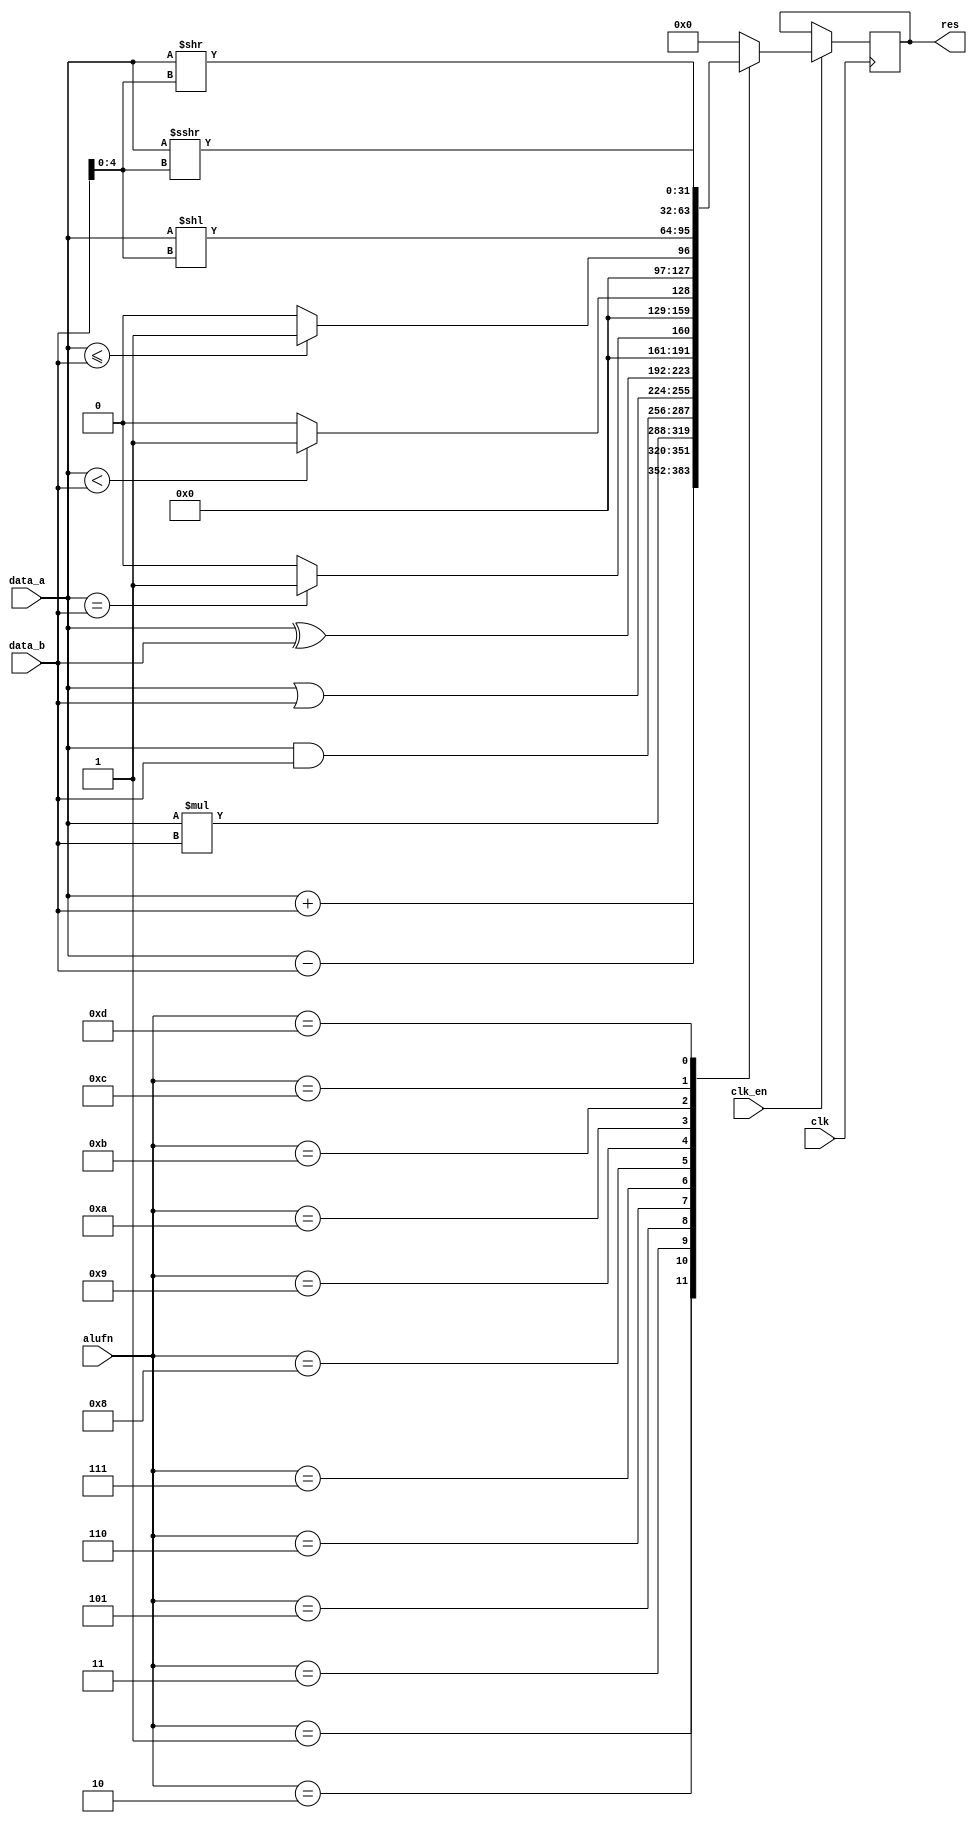
`define ADD   4'b0001
`define SUB   4'b0010
`define MUL   4'b0011
`define DIV   4'b0100
`define AND   4'b0101
`define OR    4'b0110
`define XOR   4'b0111
`define CMPEQ 4'b1000
`define CMPLT 4'b1001
`define CMPLE 4'b1010
`define SHL   4'b1011
`define SHR   4'b1100
`define SRA   4'b1101

`define TRUE  32'd1
`define FALSE 32'd0


module alu(
	input  wire clk,
	input  wire clk_en,
	input  wire signed[31:0] data_a,
	input  wire signed[31:0] data_b,
	input  wire [3:0]  alufn,
	output reg  [31:0] res
);

	always @(posedge(clk)) begin
		if(clk_en) begin
			case(alufn)
				`ADD    : res <= data_a + data_b;
				`SUB    : res <= data_a - data_b;
				`MUL    : res <= data_a * data_b;
				`DIV    : res <= `FALSE;
				`AND    : res <= data_a & data_b;
				`OR     : res <= data_a | data_b;
				`XOR    : res <= data_a ^ data_b;
				`CMPEQ  : res <= (data_a == data_b) ? `TRUE : `FALSE;
				`CMPLT  : res <= (data_a < data_b) ? `TRUE : `FALSE;
				`CMPLE  : res <= (data_a <= data_b) ? `TRUE : `FALSE;
				`SHL    : res <= data_a << data_b[4:0];
				`SHR    : res <= data_a >> data_b[4:0];
				`SRA    : res <= data_a >>> data_b[4:0];
				default : res <= `FALSE;
			endcase		
		end
	end
endmodule